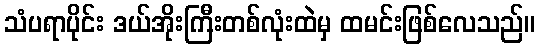
သံပရာပိုင်း ဒယ်အိုးကြီးတစ်လုံးထဲမှ ထမင်းဖြစ်လေသည်။